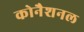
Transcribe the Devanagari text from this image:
कोनैशनल